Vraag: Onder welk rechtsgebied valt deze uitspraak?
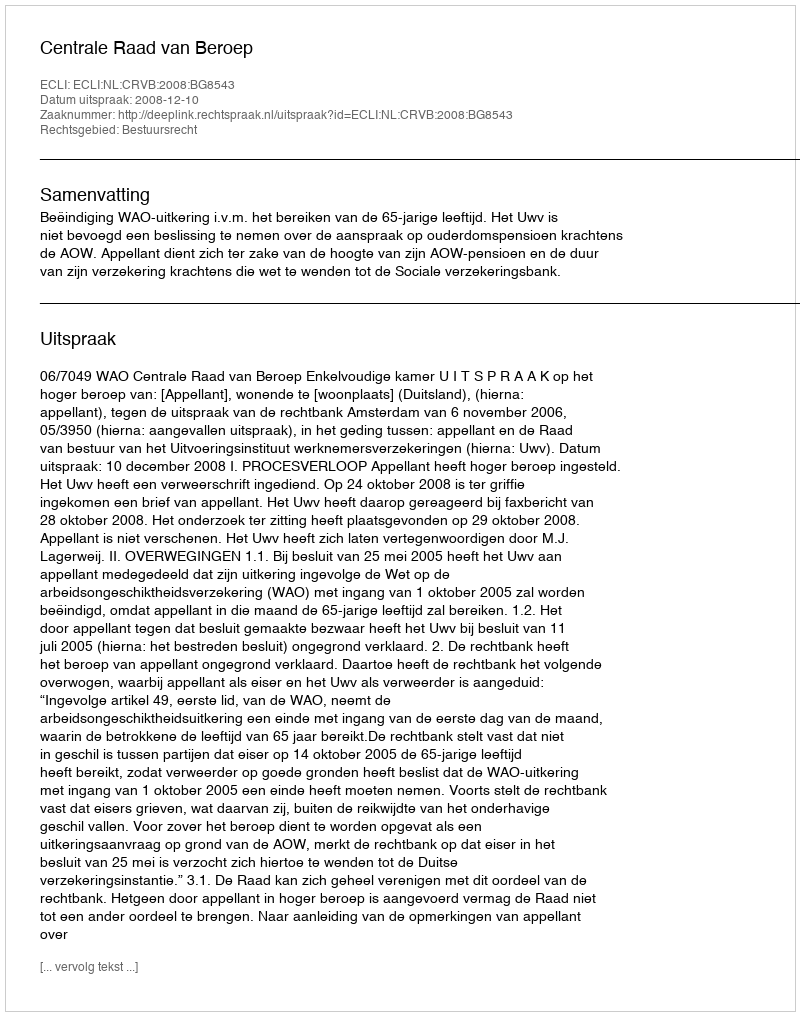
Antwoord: Bestuursrecht